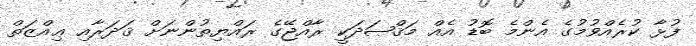
ފުޅާ ކުރެއްވުމުގެ އެންމެ ބޮޑު އެއް މަޤްޞަދަކީ ރާއްޖޭގެ ރައްޔިތުންނަށް ޤަދަރާއި ޢިއްޒަތް